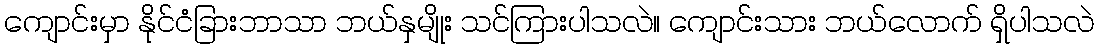
ကျောင်းမှာ နိုင်ငံခြားဘာသာ ဘယ်နှမျိုး သင်ကြားပါသလဲ။ ကျောင်းသား ဘယ်လောက် ရှိပါသလဲ